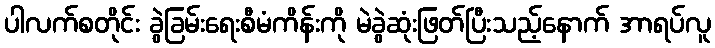
ပါလက်စတိုင်း ခွဲခြမ်းရေးစီမံကိန်းကို မဲခွဲဆုံးဖြတ်ပြီးသည့်နောက် အာရပ်လူ